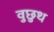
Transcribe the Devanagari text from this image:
वुछुथ